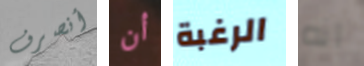
أنصرف أن الرغبة انه